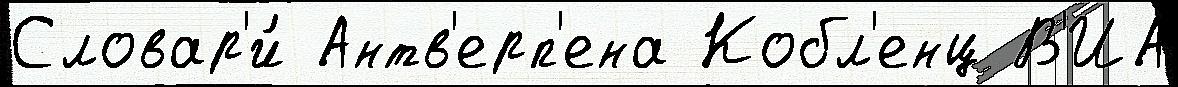
Словар'и́ Антв'ерп'ена Кобл'енц В'ИА